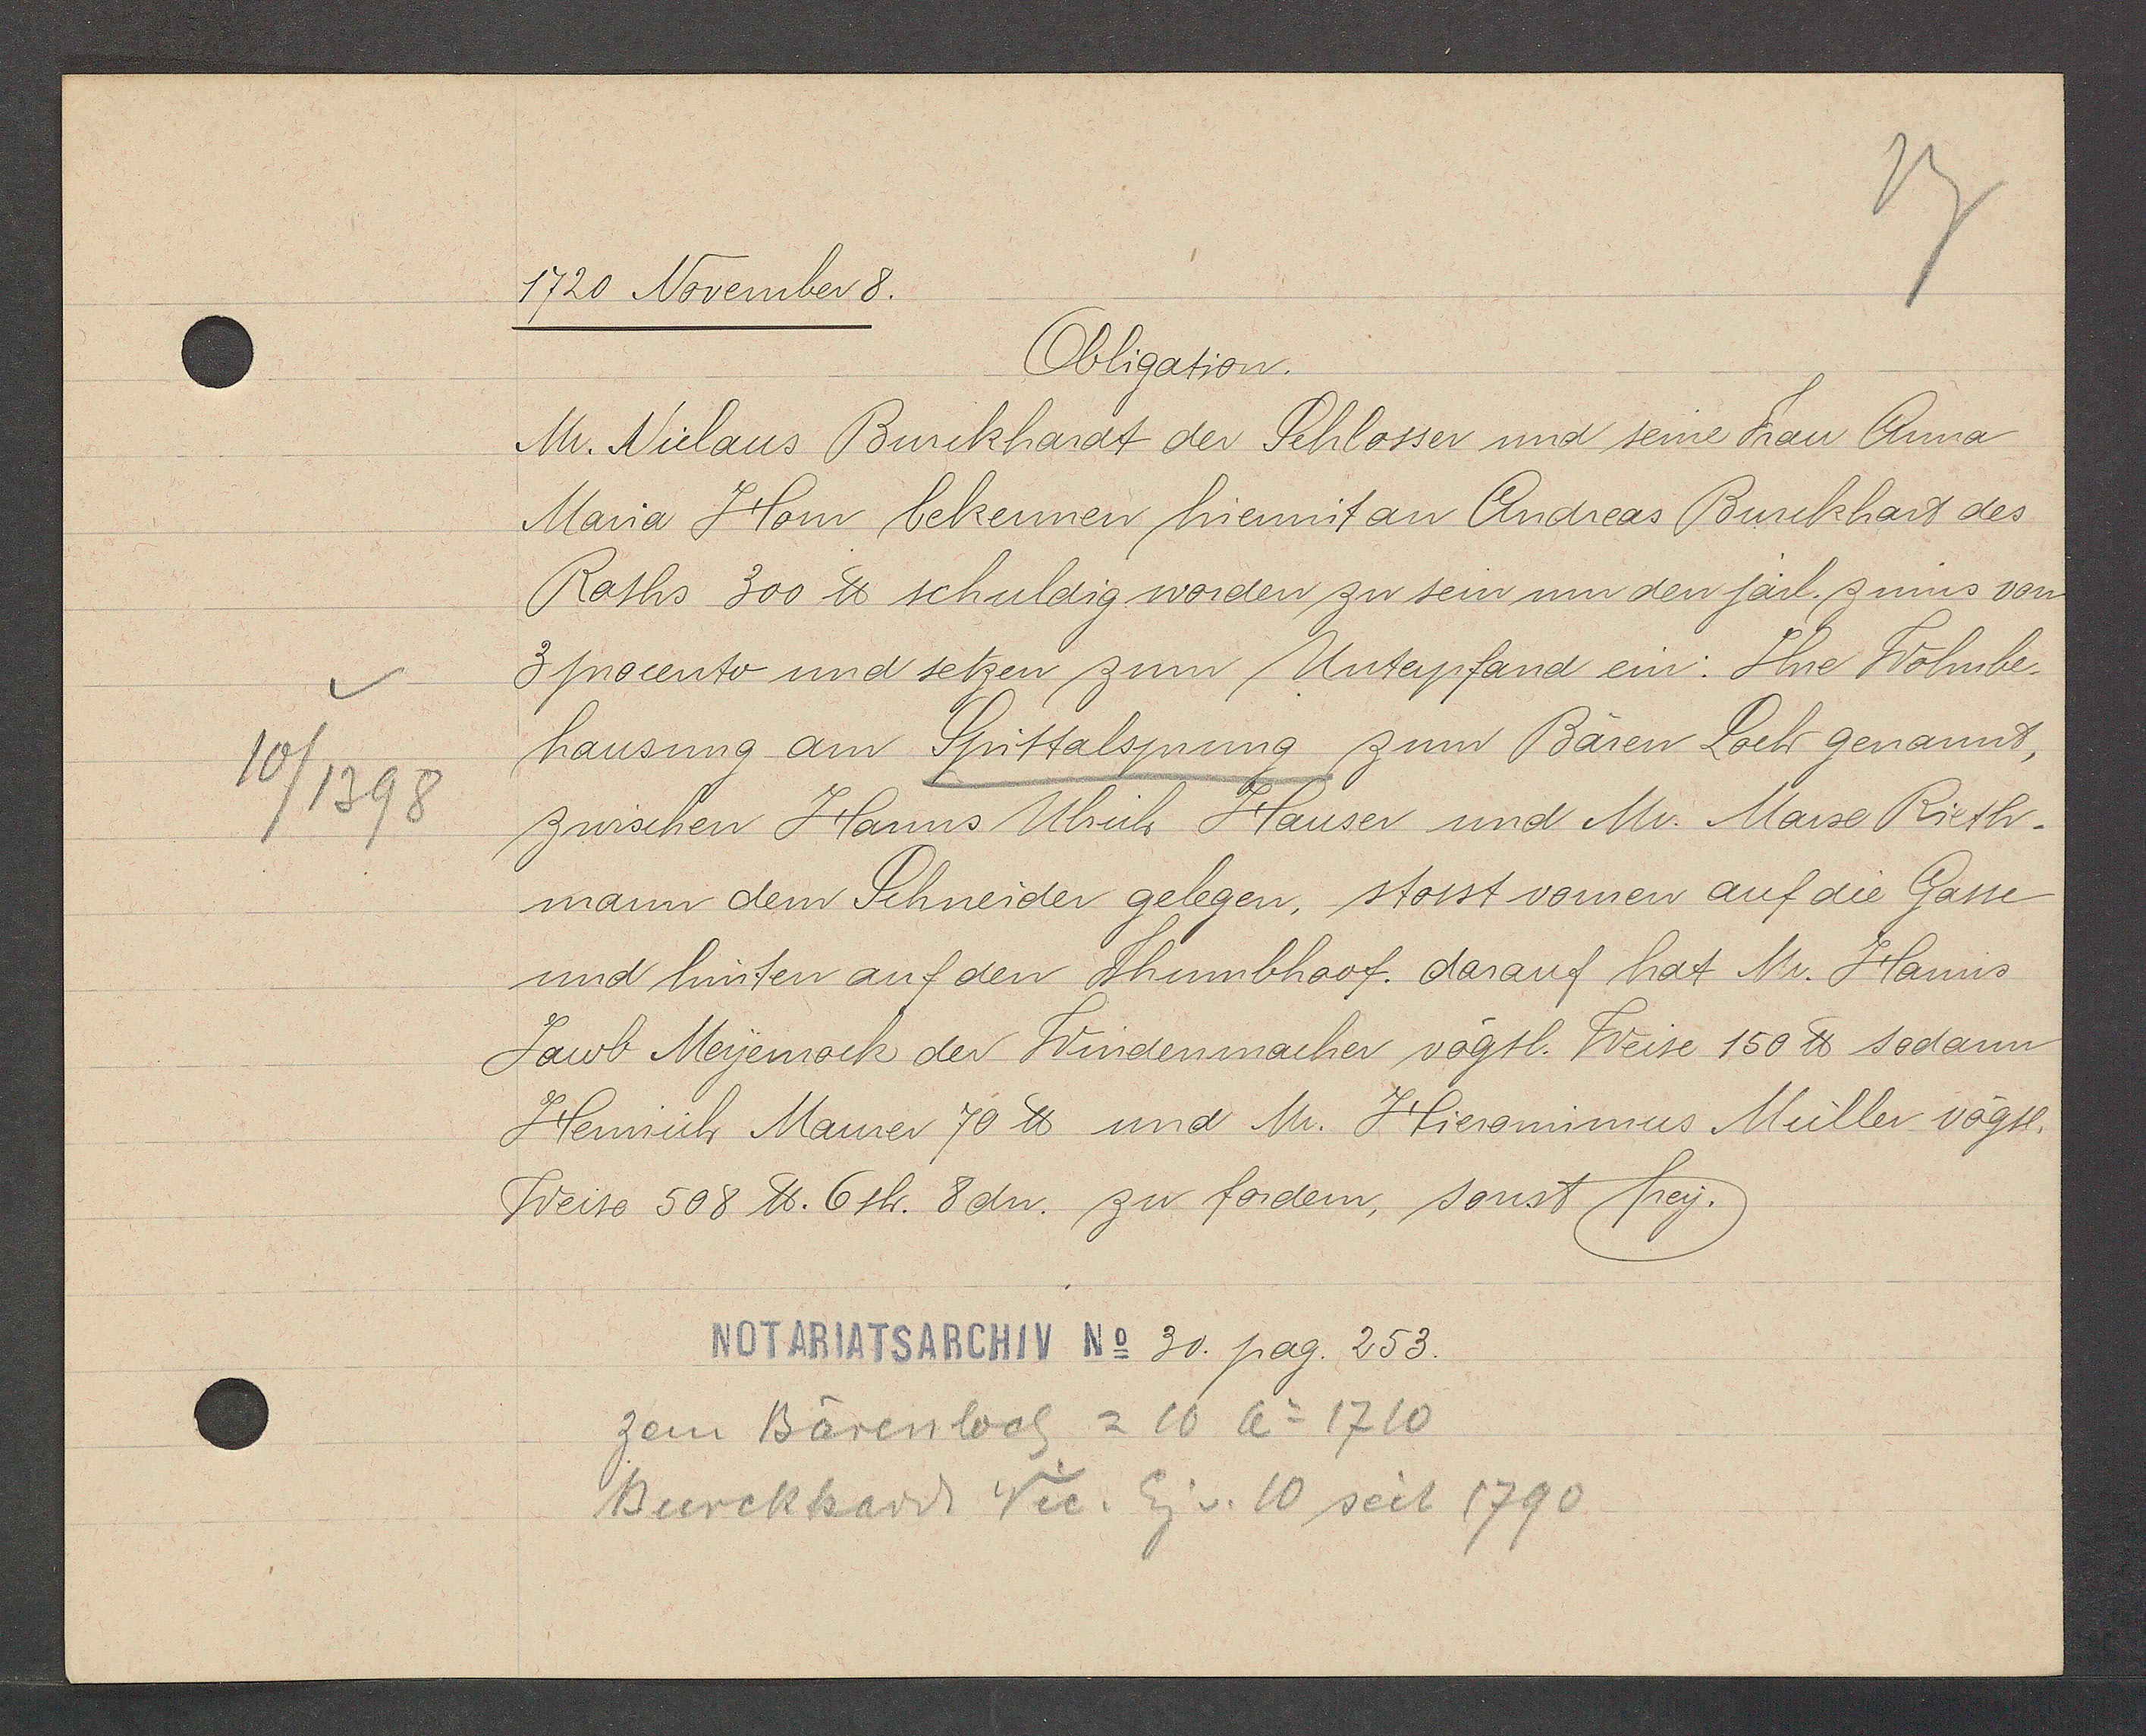
Transcript:
10/1398

1720 November 8.

Obligation.
Mr. Niclaus Burckhardt der Schlosser und seine Frau Anna
Maria Hom bekennen hiermit an Andreas Burckhart des
Raths 300 ℔ schuldig worden zu sein um den järl. zinns von
3 procento und setzen zum Unterpfand ein: Ihre Wohnbe-
hausung am Spittalsprung zum Bären Loch genannt,
zwischen Hanns Ulrich Hauser und Mr. Marse Rieth¬
mann dem Schneider gelegen, stosst vornen auf die Gasse
und hinten auf den Thumbhoof. darauf hat Mr. Hanns
Jacob Meyenrock der Windenmacher vögtl. Weise 150 ℔ sodann
Heinrich Maurer 70 ℔ und Mr. Hieronimus Müller vögtl.
Weiso 508 ℔. 6 sh. 8 dn. zu fordern, sonst frey.

Notariatsarchiv No 30. pag. 253.

zem Bärenloch = 10 Ao 1710
Burckhard Vic. Eig v. 10 seit 1790